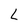
Character: L